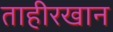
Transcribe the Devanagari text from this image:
ताहीरखान